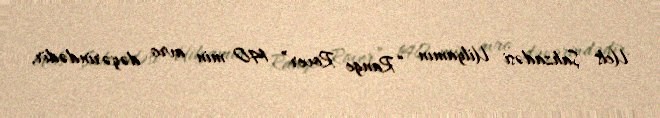
Uels Şahzadəsi Uilyamın “Range Rover” 140 min avro dəyərindədir.